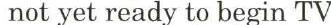
not yet ready to begin TV